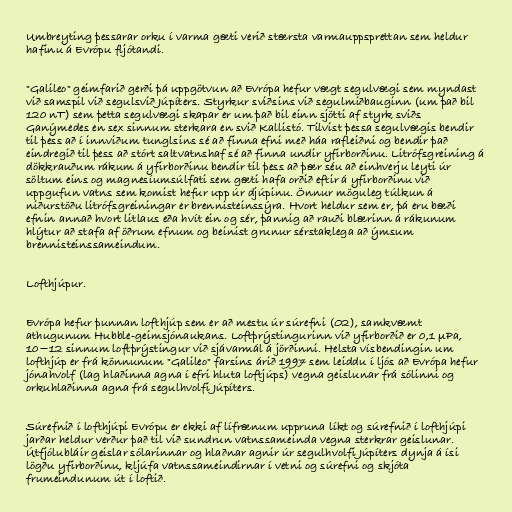
Umbreyting þessarar orku í varma gæti verið stærsta varmauppsprettan sem heldur
hafinu á Evrópu fljótandi.

"Galileo" geimfarið gerði þá uppgötvun að Evrópa hefur vægt segulvægi sem myndast
við samspil við segulsvið Júpíters. Styrkur sviðsins við segulmiðbauginn (um það bil
120 nT) sem þetta segulvægi skapar er um það bil einn sjötti af styrk sviðs
Ganýmedes en sex sinnum sterkara en svið Kallistó. Tilvist þessa segulvægis bendir
til þess að í innviðum tunglsins sé að finna efni með háa rafleiðni og bendir það
eindregið til þess að stórt saltvatnshaf sé að finna undir yfirborðinu. Litrófsgreining á
dökkrauðum rákum á yfirborðinu bendir til þess að þær séu að einhverju leyti úr
söltum eins og magnesíumsúlfati sem gæti hafa orðið eftir á yfirborðinu við
uppgufun vatns sem komist hefur upp úr djúpinu. Önnur möguleg túlkun á
niðurstöðu litrófsgreiningar er brennisteinssýra. Hvort heldur sem er, þá eru bæði
efnin annað hvort litlaus eða hvít ein og sér, þannig að rauði blærinn á rákunum
hlýtur að stafa af öðrum efnum og beinist grunur sérstaklega að ýmsum
brennisteinssameindum.

Lofthjúpur.

Evrópa hefur þunnan lofthjúp sem er að mestu úr súrefni (O2), samkvæmt
athugunum Hubble-geimsjónaukans. Loftþrýstingurinn við yfirborðið er 0,1 μPa,
10−12 sinnum loftþrýstingur við sjávarmál á jörðinni. Helsta vísbendingin um
lofthjúp er frá könnunum "Galileo" farsins árið 1997 sem leiddu í ljós að Evrópa hefur
jónahvolf (lag hlaðinna agna í efri hluta loftjúps) vegna geislunar frá sólinni og
orkuhlaðinna agna frá segulhvolfi Júpíters.

Súrefnið í lofthjúpi Evrópu er ekki af lífrænum uppruna líkt og súrefnið í lofthjúpi
jarðar heldur verður það til við sundrun vatnssameinda vegna sterkrar geislunar.
Útfjólubláir geislar sólarinnar og hlaðnar agnir úr segulhvolfi Júpíters dynja á ísi
lögðu yfirborðinu, kljúfa vatnssameindirnar í vetni og súrefni og skjóta
frumeindunum út í loftið.